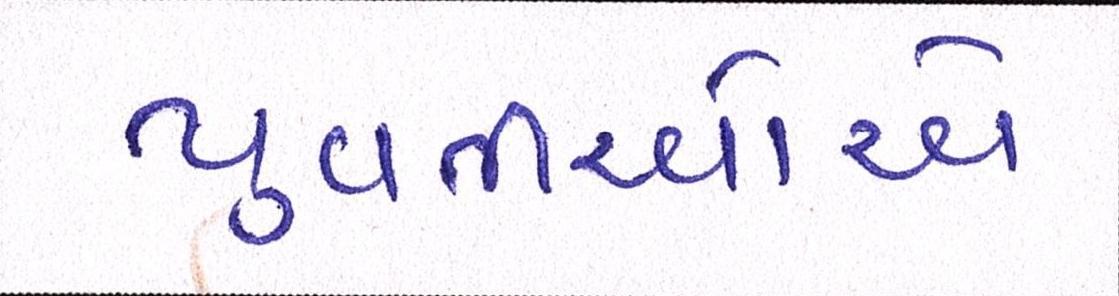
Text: યુવતીઓએ